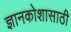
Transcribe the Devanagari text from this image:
ज्ञानकोशासाठी